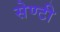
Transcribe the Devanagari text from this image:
सेण्टी